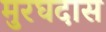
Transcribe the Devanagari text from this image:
मुरघदास